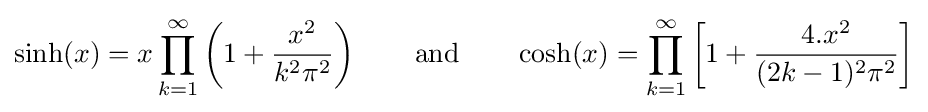
\sinh(x)=x\prod _{k=1}^{\infty }\left(1+{\frac {x^{2}}{k^{2}\pi ^{2}}}\right)\qquad {\text{and}}\qquad \cosh(x)=\prod _{k=1}^{\infty }\left[1+{\frac {4.x^{2}}{(2k-1)^{2}\pi ^{2}}}\right]